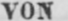
VON